Report of an investigation of the epidemic of malarial fever in Assam, or, kala-azar
Disease focus: Malaria
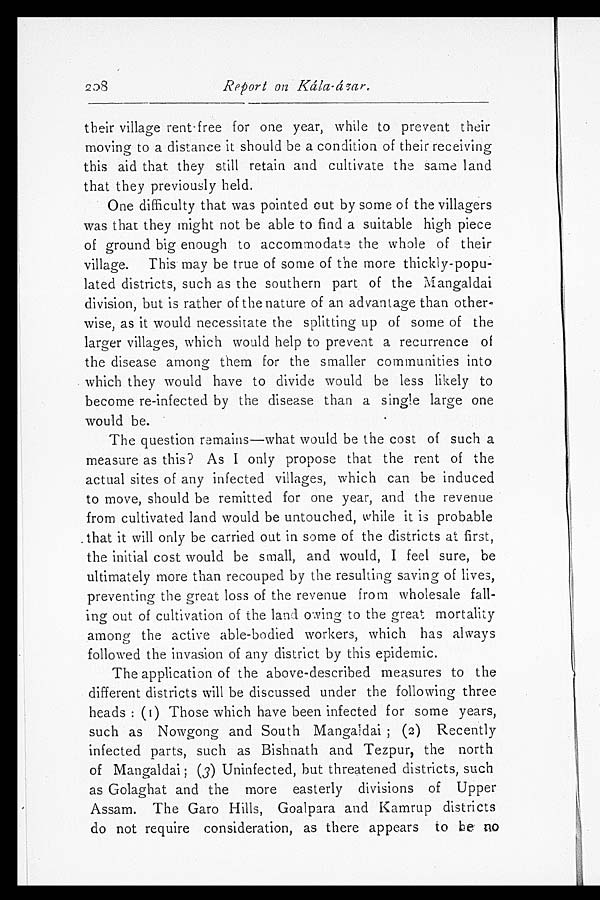
Report Kála-ázar.
their village rent-free for one year, while to prevent their
moving to a distance it should be a condition of their receiving
this aid that they still retain and cultivate the same land
that they previously held.
One difficulty that was pointed out by some of the villagers
was that they might not be able to find a suitable high piece
of ground big enough to accommodate the whole of their
village. This may be true of some of the more thickly-popu-
lated districts, such as the southern part of the Mangaldai
division, but is rather of the nature of an advantage than other-
wise, as it would necessitate the splitting up of some of the
larger villages, which would help to prevent a recurrence of
the disease among them for the smaller communities into
which they would have to divide would be less likely to
become re-infected by the disease than a single large one
would be.
The question remains—what would be the cost of such a
measure as this? As I only propose that the rent of the
actual sites of any infected villages, which can be induced
to move, should be remitted for one year, and the revenue
from cultivated land would be untouched, while it is probable
that it will only be carried out in some of the districts at first,
the initial cost would be small, and would, I feel sure, be
ultimately more than recouped by the resulting saving of lives,
preventing the great loss of the revenue from wholesale fall-
ing out of cultivation of the land owing to the great mortality
among the active able-bodied workers, which has always
followed the invasion of any district by this epidemic.
The application of the above-described measures to the
different districts will be discussed under the following three
heads: (1) Those which have been infected for some years,
such as Nowgong and South Mangaldai; (2) Recently
infected parts, such as Bishnath and Tezpur, the north
of Mangaldai (3) Uninfected, but threatened districts, such
as Golaghat and the more easterly divisions of Upper
Assam. The Garo Hills, Goalpara and Kamrup districts
do not require consideration, as there appears to be no